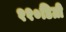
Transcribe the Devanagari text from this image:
११०डिग्री